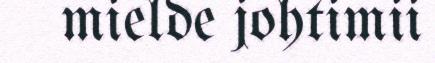
mielde johtimii